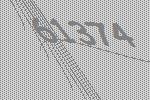
61374